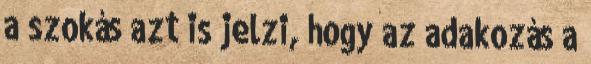
a szokás azt is jelzi, hogy az adakozás a